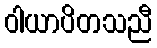
ဝါယာပိတသညီ